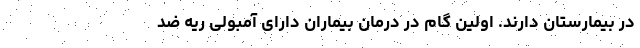
در بیمارستان دارند. اولین گام در درمان بیماران دارای آمبولی ریه ضد